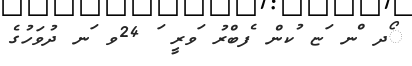
ޯދ ްނ ަޏ ުކން ެފބްރު ަވރީ ަ 24ވ ަނ ދުވަހުގެ